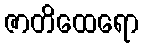
ဇာတိထေရော